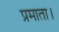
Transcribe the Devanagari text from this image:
प्रमाता।